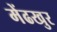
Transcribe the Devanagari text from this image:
मेंढखुर